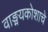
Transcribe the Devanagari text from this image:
वाङ्मयकोशाचे